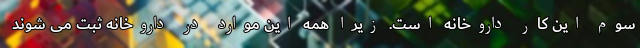
سوم این کار داروخانه است. زیرا همه این موارد در داروخانه ثبت می شوند